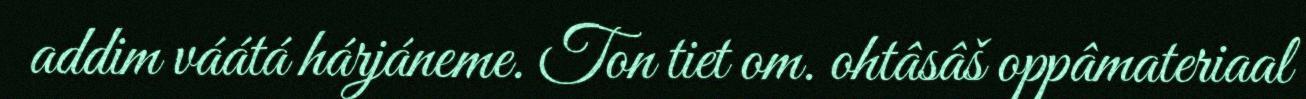
addim váátá hárjáneme. Ton tiet om. ohtâsâš oppâmateriaal